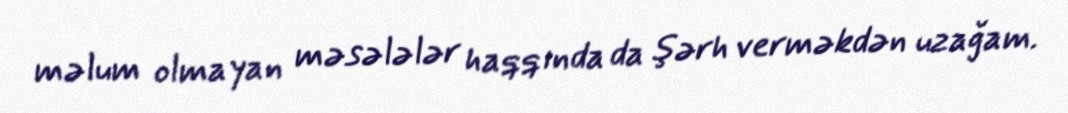
məlum olmayan məsələlər haqqında da şərh verməkdən uzağam.